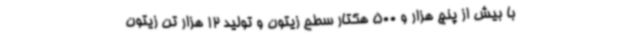
با بیش از پنج هزار و 500 هکتار سطح زیتون و تولید 12 هزار تن زیتون